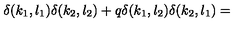
\delta ( k _ { 1 } , l _ { 1 } ) \delta ( k _ { 2 } , l _ { 2 } ) + q \delta ( k _ { 1 } , l _ { 2 } ) \delta ( k _ { 2 } , l _ { 1 } ) =